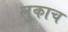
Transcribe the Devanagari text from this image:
लुकाच